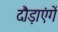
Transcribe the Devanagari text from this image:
दौड़ाएंगें